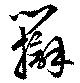
辯